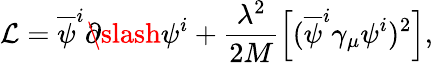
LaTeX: \mathcal{L}=\overline{{{\psi}}}^{i}\partial\! \! \! \slash\psi^{i}+\frac{\lambda^{2}}{2M}\left[(\overline{{{\psi}}}^{i}\gamma_{\mu}\psi^{i})^{2}\right],